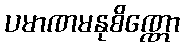
ပမာဏမနုစိဏ္ဏော